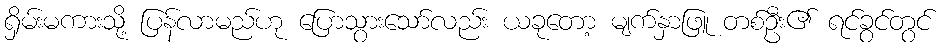
ရှိမ်းမကားသို့ ပြန်လာမည်ဟု ပြောသွားသော်လည်း ယခုတော့ မျက်နှာဖြူ တစ်ဦး၏ ရင်ခွင်တွင်